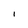
Character: I